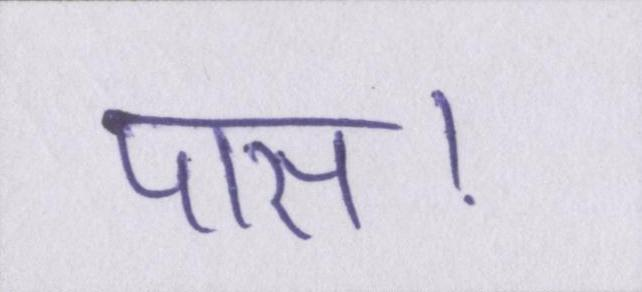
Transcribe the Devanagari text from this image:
पास।